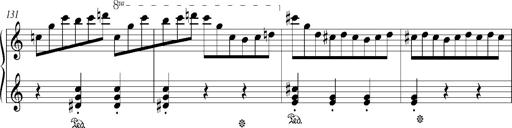
Title: Bagatelle sans tonalitÃ©
Composer: Franz Liszt